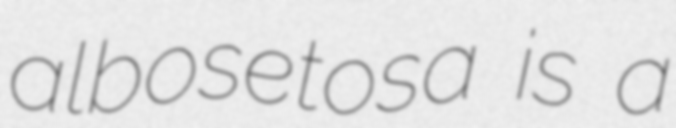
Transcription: albosetosa is a